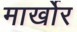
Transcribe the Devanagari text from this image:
मार्खोर